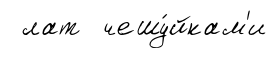
лат чешу́йкам'и